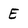
Character: E